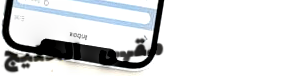
مقهى الخليج